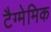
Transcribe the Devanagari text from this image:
टैग्मेमिक